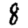
Digit: 8